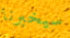
سيخبرنا